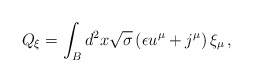
\begin{align*}Q_{\xi} = \int_{B} d^{2}x\sqrt{\sigma}\left(\epsilon u^{\mu} +j^{\mu} \right)\xi_{\mu} \, , \end{align*}